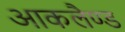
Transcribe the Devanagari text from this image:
आकलैण्ड